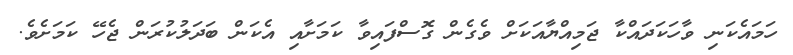
ހަމައެކަނި ވާހަކަދައްކާ ޖަމިއްޔާއަކަށް ވެގެން ގޮސްފައިވާ ކަމަށާއި އެކަން ބަދަލުކުރަން ޖެހޭ ކަމަށެވެ.